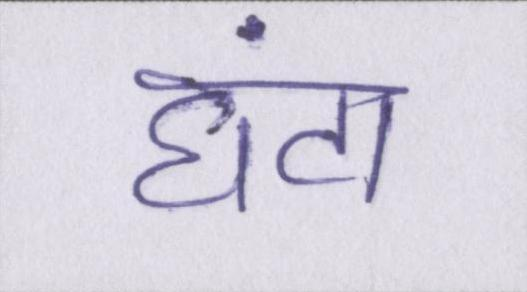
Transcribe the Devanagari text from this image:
घंटा